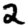
Digit: 2